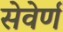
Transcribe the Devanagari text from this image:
सेवेर्ण